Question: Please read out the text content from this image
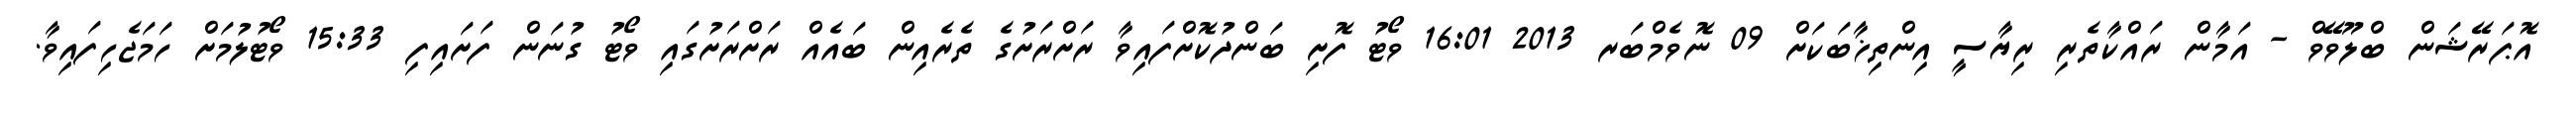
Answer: އޮޕަރޭޝަން ބްލޫވޭވް - އަމާން ރައްކާތެރި ރިޔާސީ އިންތިޚާބަކަށް 09 ނޮވެމްބަރ 2013 16:01 ވޯޓު ފޮށި ބަންދުކޮށްފައިވާ ރަށްރަށުގެ ތެރެއިން ބައެއް ރަށްރަށުގައި ވޯޓު ގުނަން ފަށައިފި 15:33 ވޯޓުލުމަށް ހަމަޖެހިފައިވާ.